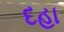
દહા